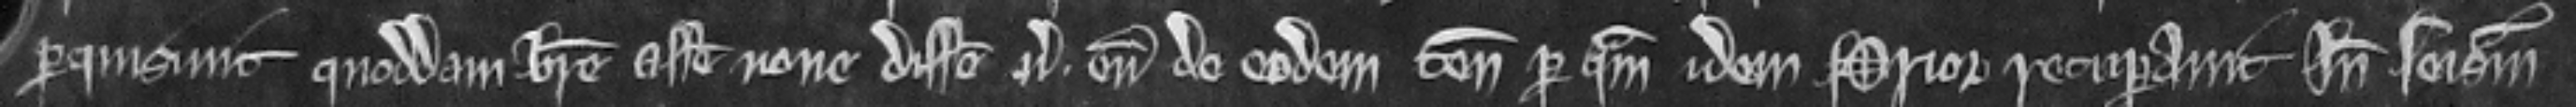
perquisiuit quoddam breve assise nove disseissine versus eum de eodem tenemento per quam idem Prior recuperavit Inde seisinam